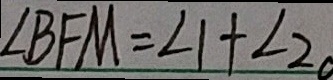
\angle B F M = \angle 1 + \angle 2 0